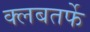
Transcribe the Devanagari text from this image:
क्लबतर्फे